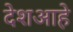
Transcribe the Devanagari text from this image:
देशआहे